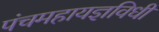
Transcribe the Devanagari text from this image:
पंचमहायज्ञविधी